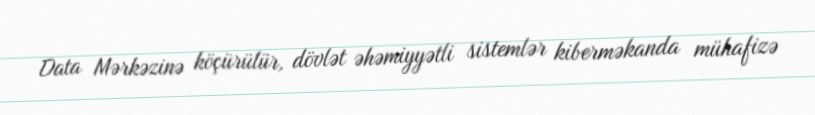
Data Mərkəzinə köçürülür, dövlət əhəmiyyətli sistemlər kiberməkanda mühafizə